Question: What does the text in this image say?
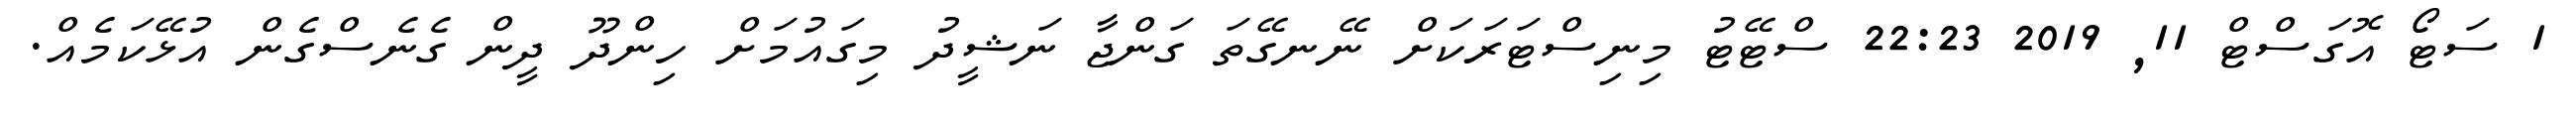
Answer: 1 ސަޓޯ އޮގަސްޓް 11, 2019 22:23 ސްޓޭޓު މިނިސްޓަރަކަށް ނޭނގޭތަ ގަންޖާ ނަޝީދު މިގައުމަށް ހިންދޫ ދީން ގެނެސްގެން އުޅޭކަމެއް.